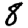
Digit: 8